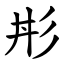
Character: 㣋